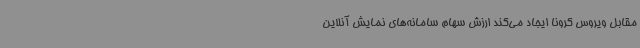
مقابل ویروس کرونا ایجاد می‌کند ارزش سهام سامانه‌های نمایش آنلاین